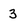
Character: 3